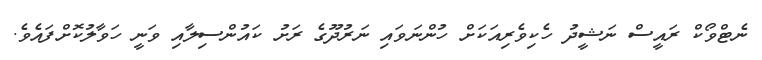
ނެޓްވޯކް ރައީސް ނަޝީދު ހެކިވެރިއަކަށް ހުންނަވައި ނަރުދޫގެ ރަށު ކައުންސިލާއި ވަނީ ހަވާލުކޮށްފައެވެ.